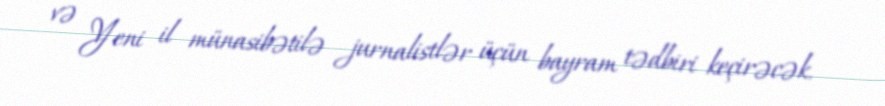
və Yeni il münasibətilə jurnalistlər üçün bayram tədbiri keçirəcək.